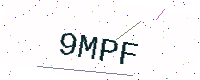
Text: 9MPF